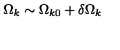
\Omega _ { k } \sim \Omega _ { k 0 } + \delta \Omega _ { k }